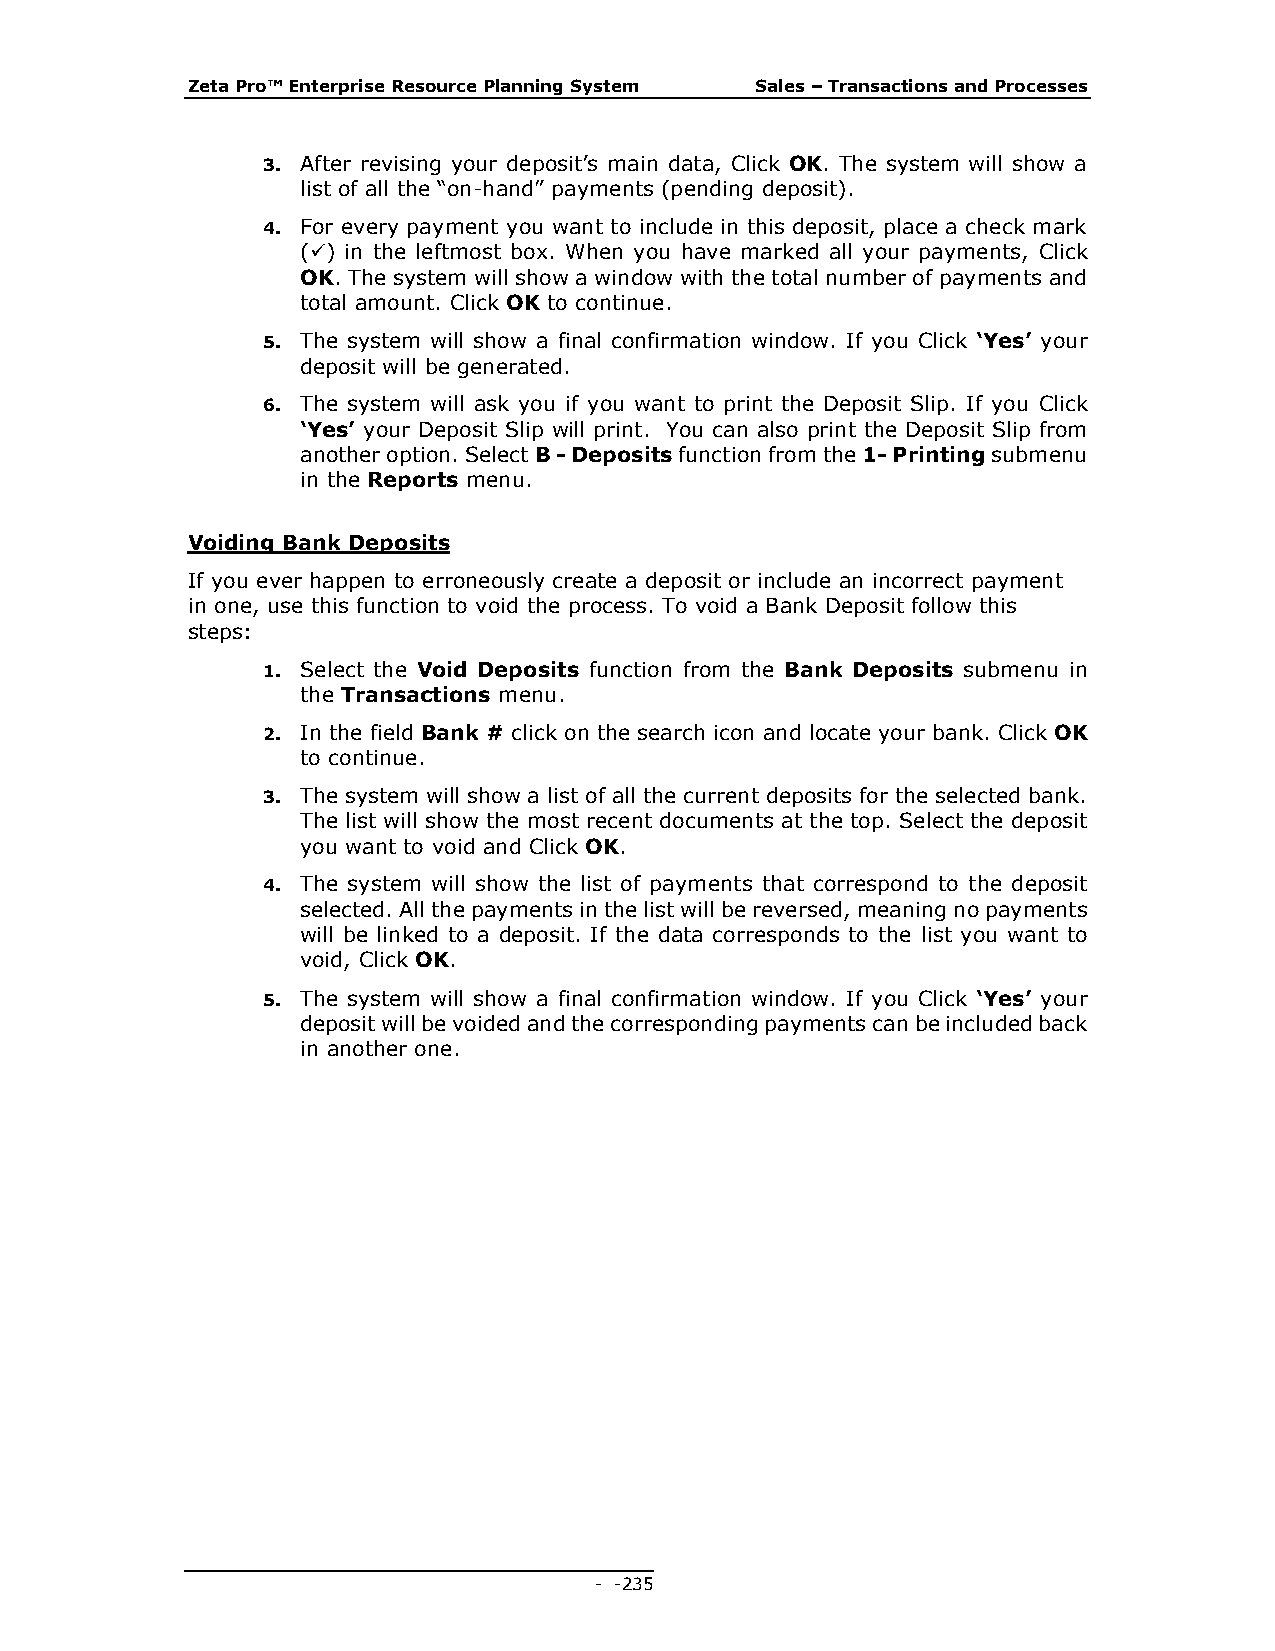
Zeta Pro™ Enterprise Resource Planning System Sales – Transactions and Processes
 3. After revising your deposit’s main data, Click OK. The system will show a
 list of all the “on-hand” payments (pending deposit).
 4. For every payment you want to include in this deposit, place a check mark
 () in the leftmost box. When you have marked all your payments, Click
 OK. The system will show a window with the total number of payments and
 total amount. Click OK to continue.
 5. The system will show a final confirmation window. If you Click ‘Yes’ your
 deposit will be generated.
 6. The system will ask you if you want to print the Deposit Slip. If you Click
 ‘Yes’ your Deposit Slip will print. You can also print the Deposit Slip from
 another option. Select B - Deposits function from the 1- Printing submenu
 in the Reports menu.
 Voiding Bank Deposits
 If you ever happen to erroneously create a deposit or include an incorrect payment
 in one, use this function to void the process. To void a Bank Deposit follow this
 steps:
 1. Select the Void Deposits function from the Bank Deposits submenu in
 the Transactions menu.
 2. In the field Bank # click on the search icon and locate your bank. Click OK
 to continue.
 3. The system will show a list of all the current deposits for the selected bank.
 The list will show the most recent documents at the top. Select the deposit
 you want to void and Click OK.
 4. The system will show the list of payments that correspond to the deposit
 selected. All the payments in the list will be reversed, meaning no payments
 will be linked to a deposit. If the data corresponds to the list you want to
 void, Click OK.
 5. The system will show a final confirmation window. If you Click ‘Yes’ your
 deposit will be voided and the corresponding payments can be included back
 in another one.
 - - 235